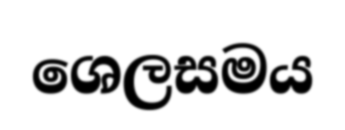
ශෙලසමය